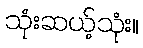
သုံးဆယ့်သုံး။